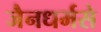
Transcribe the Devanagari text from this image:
जैनधर्मसे